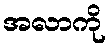
အလာကို